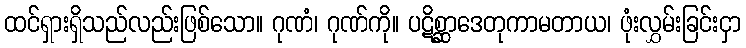
ထင်ရှားရှိသည်လည်းဖြစ်သော။ ဂုဏံ၊ ဂုဏ်ကို။ ပဋိစ္ဆာဒေတုကာမတာယ၊ ဖုံးလွှမ်းခြင်းငှာ